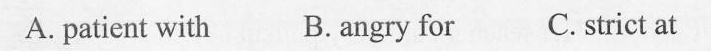
A. patient with B.angry for C. strict at